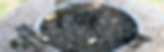
গাঁজিব